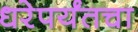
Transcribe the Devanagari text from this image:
धरेपर्यंतचा